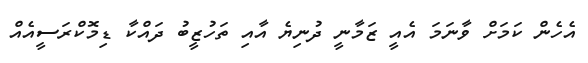
އެހެން ކަމަށް ވާނަމަ އެއީ ޒަމާނީ ދުނިޔެ އާއި ތަހުޒީބު ދައްކާ ޑިމޮކްރަސީއެއް